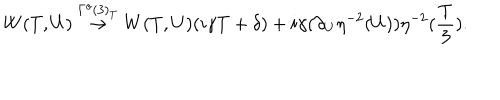
W ( T , U ) \stackrel { \Gamma ^ { o } ( 3 ) _ { T } } { \rightarrow } W ( T , U ) ( i \gamma T + \delta ) + i \gamma ( \partial _ { U } \eta ^ { - 2 } ( U ) ) \eta ^ { - 2 } ( \frac { T } { 3 } ) .